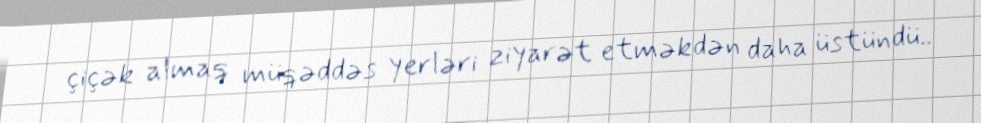
çiçək almaq müqəddəs yerləri ziyarət etməkdən daha üstündü..